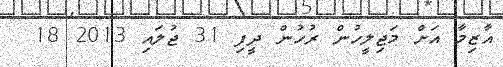
އާޒިމާ އަށް މަޖިލީހުން ރުހުން ދީފި 31 ޖުލައި 2013 18